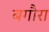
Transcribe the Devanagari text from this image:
बगौरा